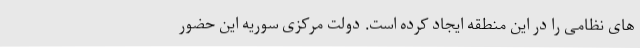
های نظامی را در این منطقه ایجاد کرده است. دولت مرکزی سوریه این حضور